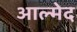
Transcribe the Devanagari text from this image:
आल्मेद